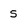
Character: 5